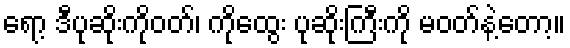
ရော့ ဒီပုဆိုးကိုဝတ်၊ ကိုထွေး ပုဆိုးကြီးကို မဝတ်နဲ့တော့။